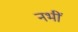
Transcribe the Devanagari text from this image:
नभीं